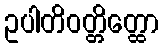
ဥပါတိဝတ္တိတ္ထော